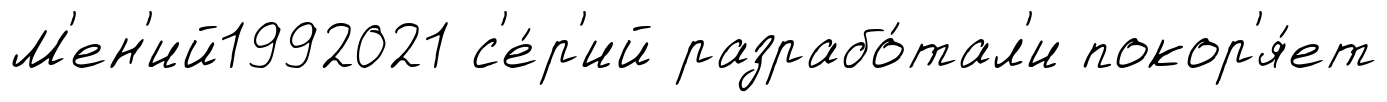
М'ен'ий1992021 с'е́р'ий разрабо́тал'и покор'я́ет